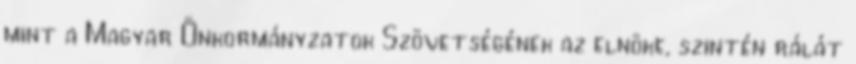
mint a Magyar Önkormányzatok Szövetségének az elnöke, szintén rálát